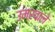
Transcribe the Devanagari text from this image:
उमरवाले